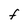
Character: F